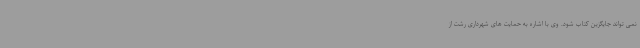
نمی تواند جایگزین کتاب شود. وی با اشاره به حمایت های شهرداری رشت از